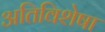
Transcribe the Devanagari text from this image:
अतिविशेषा